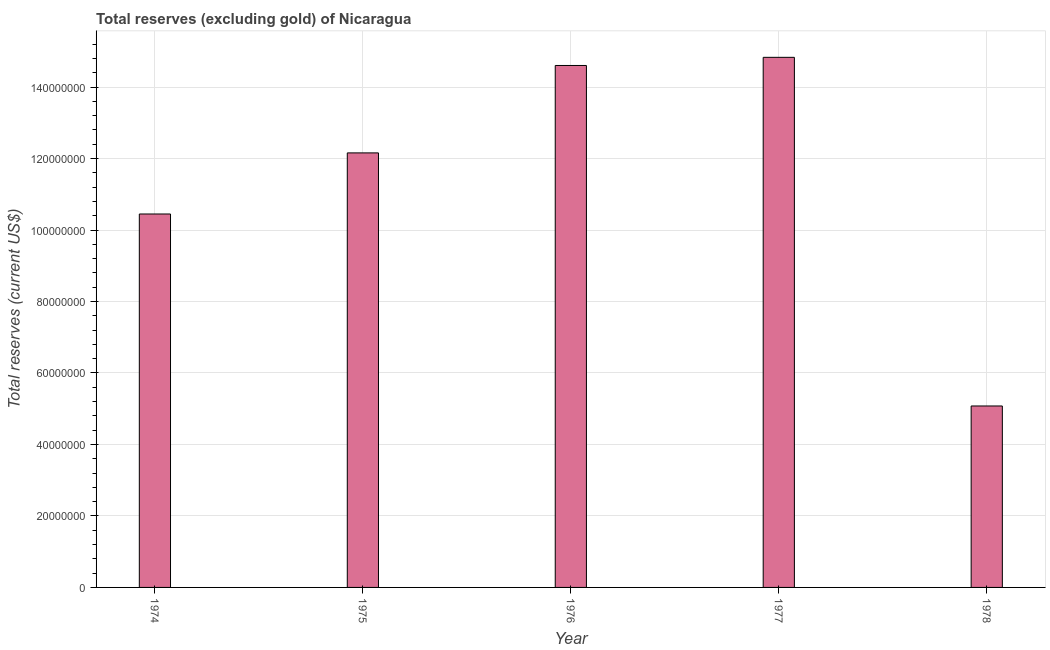
| Year | Total reserves minus gold (current US$) |
 | --- | --- |
 | 1974 | 1.04e+08 |
 | 1975 | 1.22e+08 |
 | 1976 | 1.46e+08 |
 | 1977 | 1.48e+08 |
 | 1978 | 5.08e+07 |